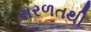
સરળતથી